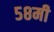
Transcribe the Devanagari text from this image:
५८मी